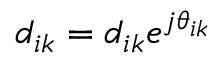
d _ { i k } = d _ { i k } e ^ { j \theta _ { i k } }